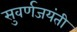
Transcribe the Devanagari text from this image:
सुवर्णजयंती